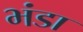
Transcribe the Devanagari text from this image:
भंडा